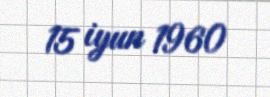
15 iyun 1960